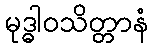
မုဒ္ဓါဝသိတ္တာနံ